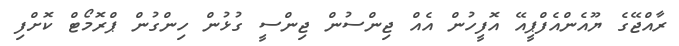
ރާއްޖޭގެ ޔޫއެންއެފްޕީއޭ އޮފީހުން އެއް ޖިންސުން ޖިންސީ ގުޅުން ހިންގުން ޕްރޮމޯޓް ކޮށްފި